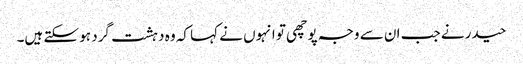
حیدر نے جب ان سے وجہ پوچھی تو انہوں نے کہا کہ وہ دہشت گرد ہو سکتے ہیں۔